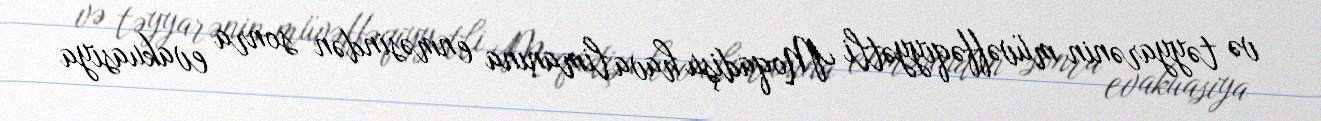
və təyyarənin müvəffəqiyyətli Moqadişu hava limanına enməsindən sonra evakuasiya